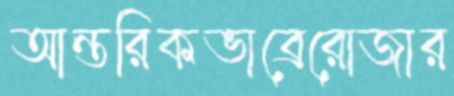
আন্তরিকভাব্রেরোজার